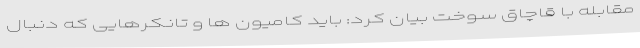
مقابله با قاچاق سوخت بیان کرد: باید کامیون ها و تانکرهایی که دنبال